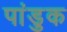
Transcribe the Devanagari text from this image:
पांडुक